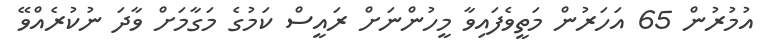
އުމުރުން 65 އަހަރުން މަތީވެފައިވާ މީހުންނަށް ރައީސް ކަމުގެ މަގާމަށް ވާދަ ނުކުރެއްވޭ